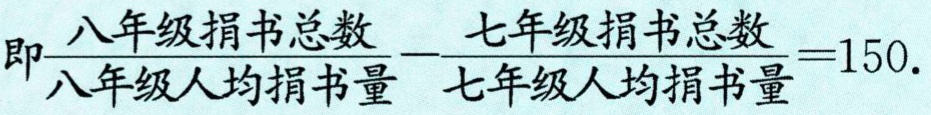
即\frac{八年级捐书总数}{八年级人均捐书量}-\frac{七年级捐书总数}{七年级人均捐书量}=150.